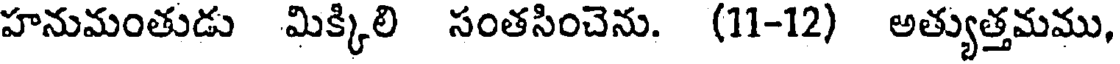
హనుమంతుడు మిక్కిలి సంతసించెను. (11-12) అత్యుత్తమము,